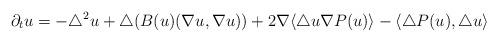
LaTeX: \begin{align*}\partial_t u =-\triangle^2 u +\triangle(B(u)(\nabla u,\nabla u)) +2\nabla \langle\triangle u\nabla P(u)\rangle -\langle \triangle P(u),\triangle u \rangle\end{align*}